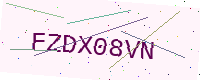
Text: FZDX08VN